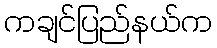
ကချင်ပြည်နယ်က